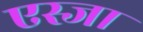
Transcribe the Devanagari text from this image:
एस्जा